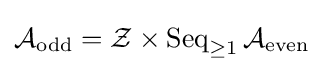
{\mathcal {A}}_{\text{odd}}={\mathcal {Z}}\times \operatorname {Seq} _{\geq 1}{\mathcal {A}}_{\text{even}}